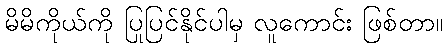
မိမိကိုယ်ကို ပြုပြင်နိုင်ပါမှ လူကောင်း ဖြစ်တာ။